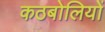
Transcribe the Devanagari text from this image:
कठबोलियों